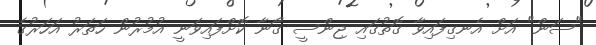
"ސަން" އަަށް އެނގިފައިވާ ގޮތުގައި ޖިންސީ ގޯނާ ކޮށްފައިވަނީ އުމުރުން ހަތަރު އަހަރުގެ